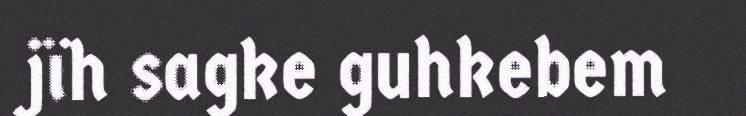
jïh sagke guhkebem